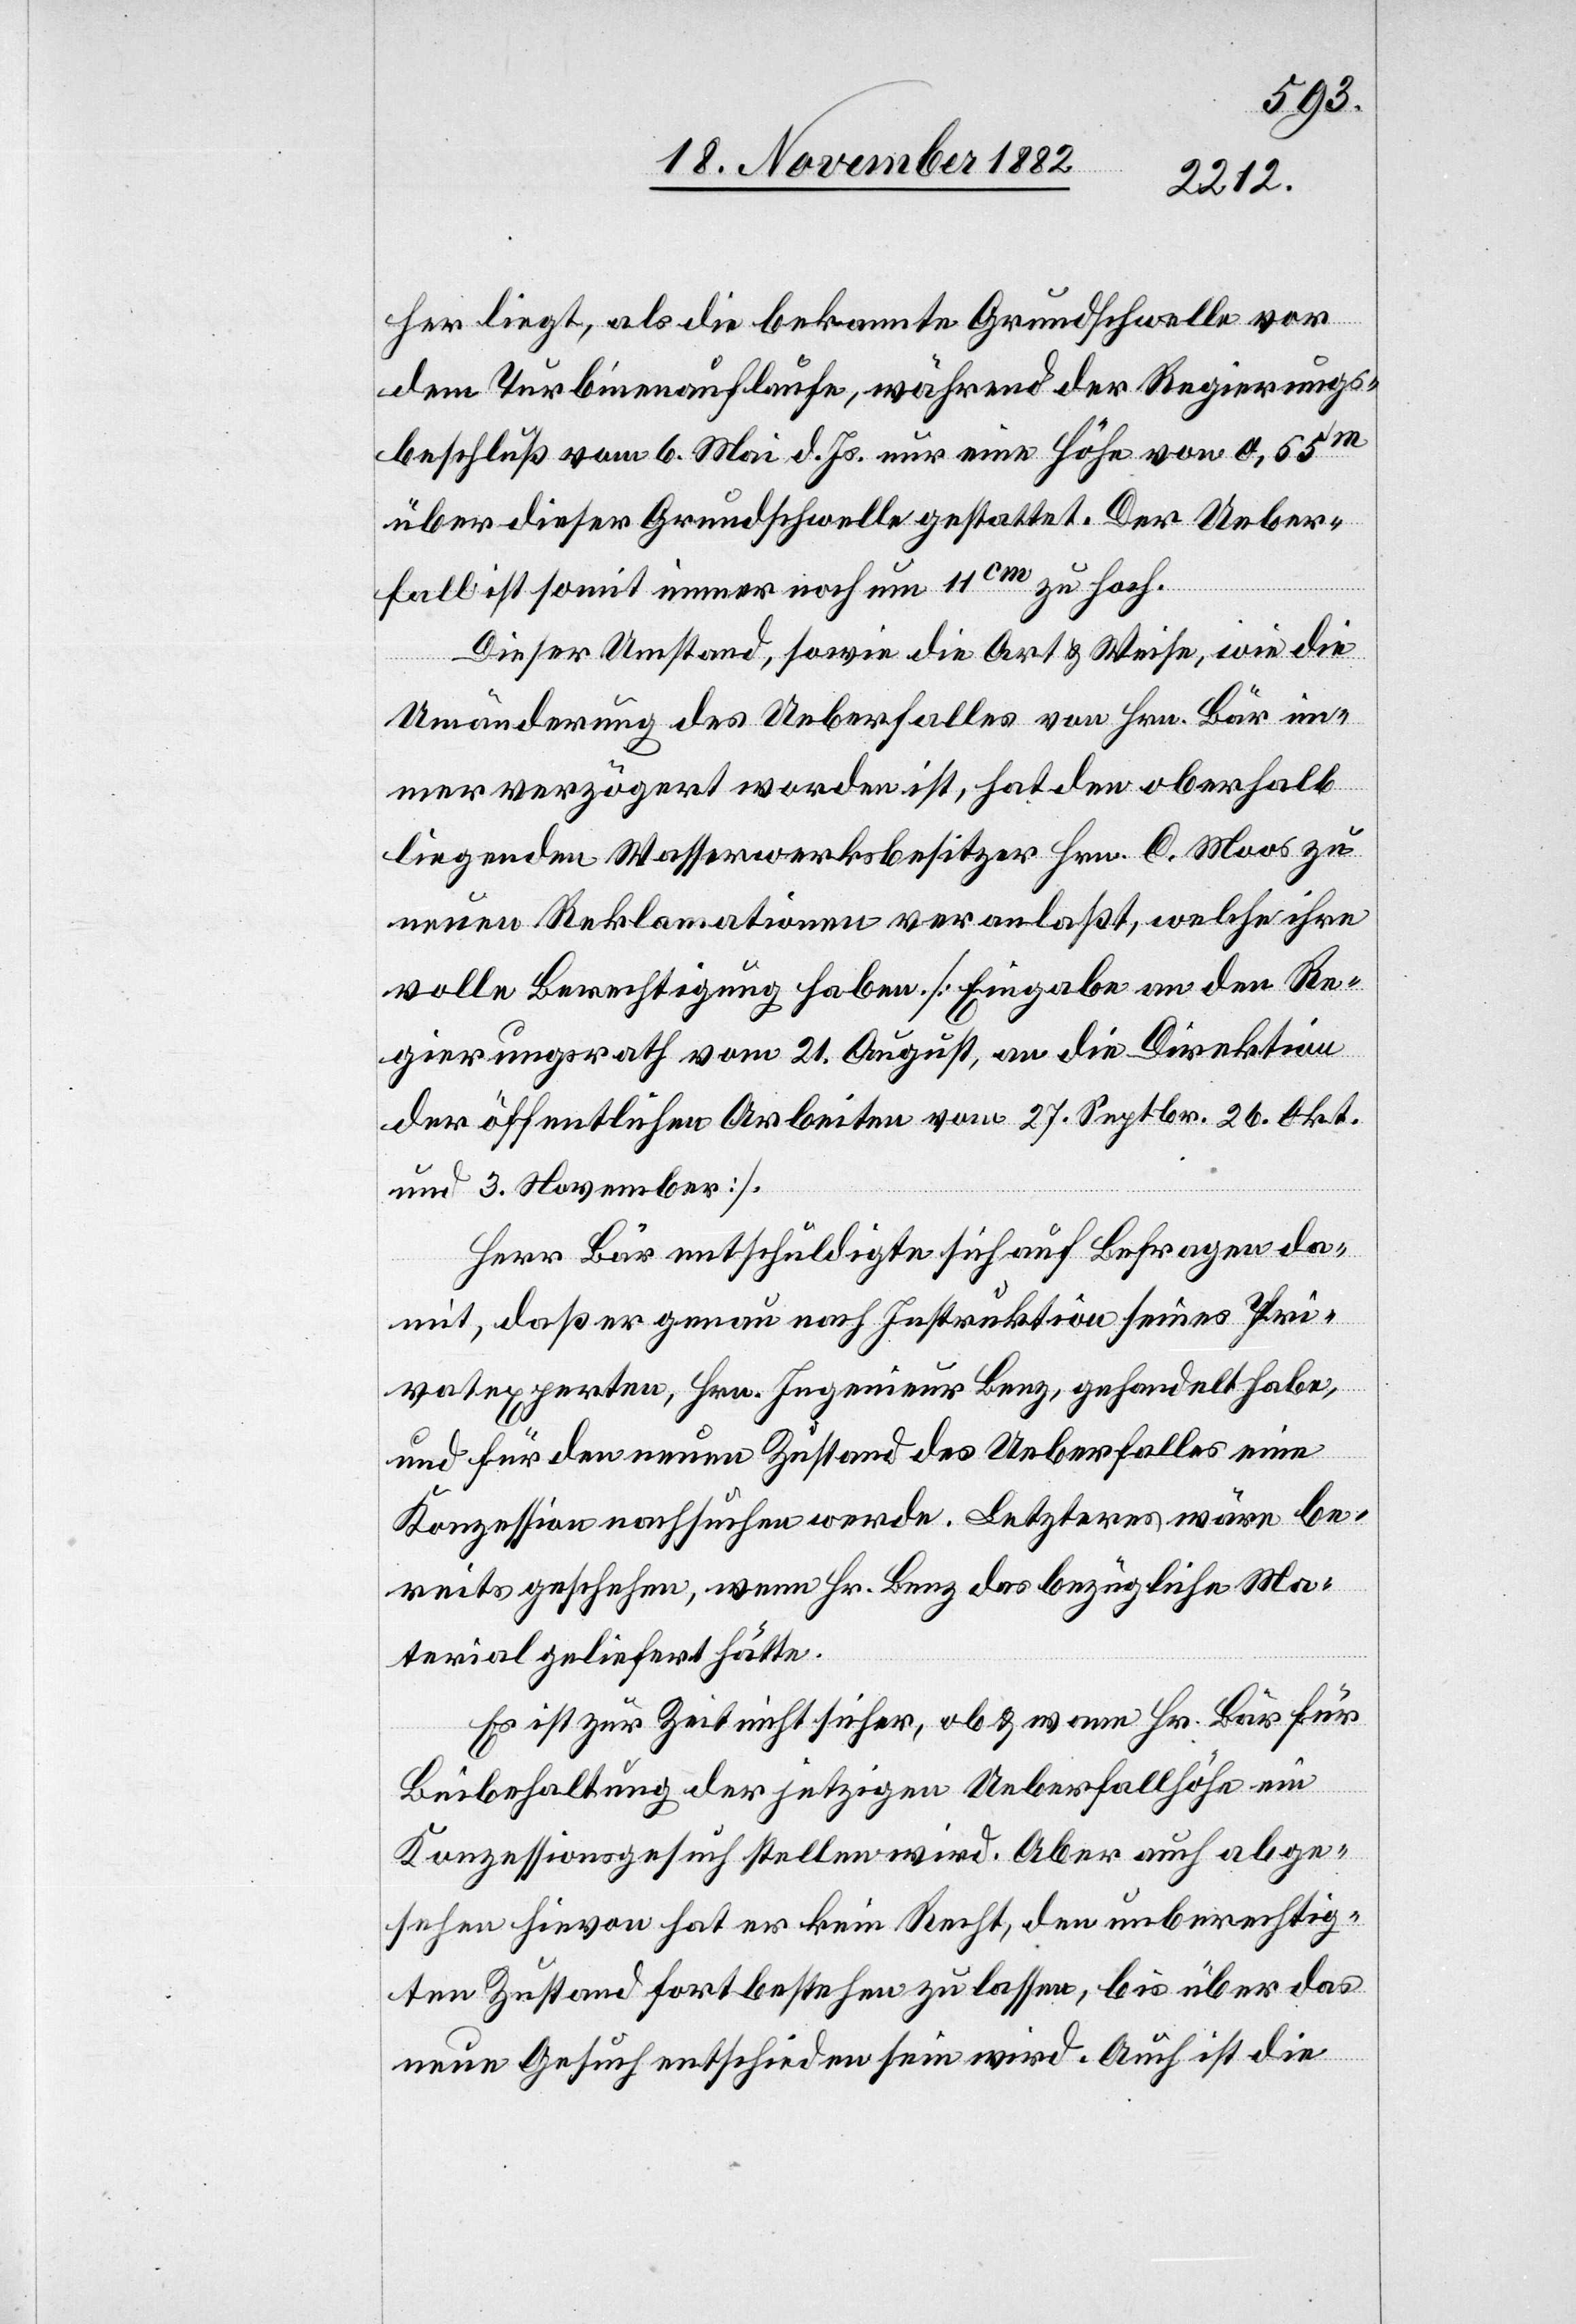
her liegt, als die bekannte Grundschwelle vor
dem Turbinenauflaufe, während der Regierungs¬
beschluß vom 6. Mai d. Js. nur eine Höhe von 0,55m
über dieser Grundschwelle gestattet. Der Ueber¬
fall ist somit immer noch um 11cm zu hoch.
Dieser Umstand, sowie die Art & Weise, wie die
Umänderung des Ueberfalles von Hrn. Bär im¬
mer verzögert worden ist, hat den oberhalb
liegenden Wasserwerksbesitzer Hrn. C. Moos zu
neuen Reklamationen veranlaßt, welche ihre
volle Berechtigung haben. [Eingabe an den Re¬
gierungsrath vom 21. August, an die Direktion
der öffentlichen Arbeiten vom 27. Septbr. 26. Okt.
und 3. November].
Herr Bär entschuldigte sich auf Befragen da¬
mit, daß er genau nach Instruktion seines Pri¬
vatexperten, Hrn. Ingenieur Benz, gehandelt habe,
und für den neuen Zustand des Ueberfalles eine
Konzession nachsuchen werde. Letzteres wäre be¬
reits geschehen, wenn Hr. Benz das bezügliche Ma¬
terial geliefert hätte.
Es ist zur Zeit nicht sicher, ob & wann Hr. Bär für
Beibehaltung der jetzigen Ueberfallhöhe ein
Konzessionsgesuch stellen wird. Aber auch abge¬
sehen hievon hat er kein Recht, den unberechtig¬
ten Zustand fortbestehen zu lassen, bis über das
neue Gesuch entschieden sein wird. Auch ist die